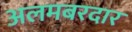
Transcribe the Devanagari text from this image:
अलमबरदार